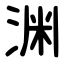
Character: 渊